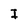
Character: I